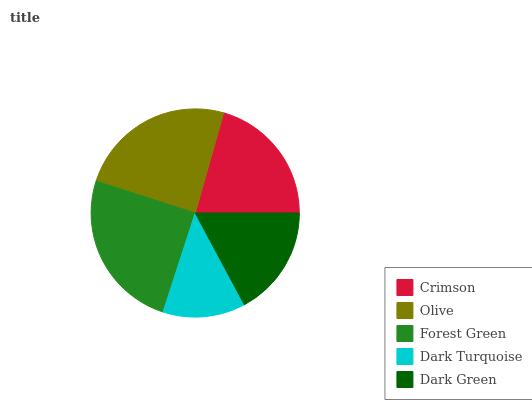
| Crimson | Olive | Forest Green | Dark Turquoise | Dark Green |
 | --- | --- | --- | --- | --- |
 | 20.5% | 24.5% | 25% | 12.8% | 17.2% |